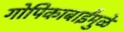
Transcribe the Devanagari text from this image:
गोपिकाबाईंमुळे